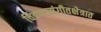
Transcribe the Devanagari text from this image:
चित्रपटसंगीतक्षेत्रात